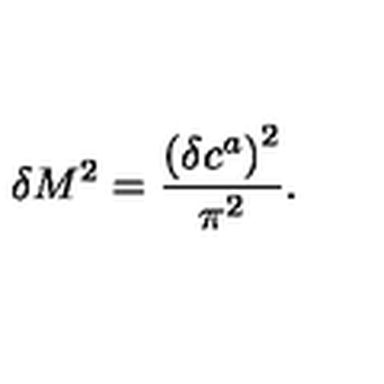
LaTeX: \delta M ^ { 2 } = \frac { \left( \delta c ^ { a } \right) ^ { 2 } } { \pi ^ { 2 } } .